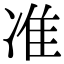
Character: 准